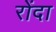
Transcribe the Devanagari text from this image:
रोंदा